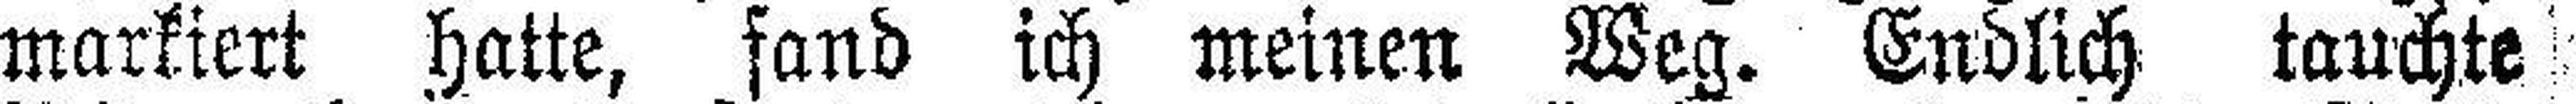
markiert hatte, fand ich meinen Weg. Endlich tauchte